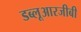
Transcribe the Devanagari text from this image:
डब्लूआरजीबी